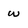
Character: w